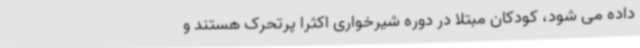
داده می شود، کودکان مبتلا در دوره شیرخواری اکثراً پرتحرک هستند و